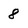
Character: 8